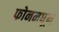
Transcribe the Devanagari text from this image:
फोनमधून